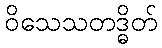
ဝိသေသတဒ္ဓိတ်